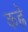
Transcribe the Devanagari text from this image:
कह्रे